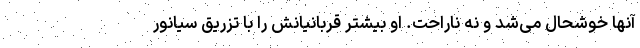
آنها خوشحال می‌شد و نه ناراحت. او بیشتر قربانیانش را با تزریق سیانور